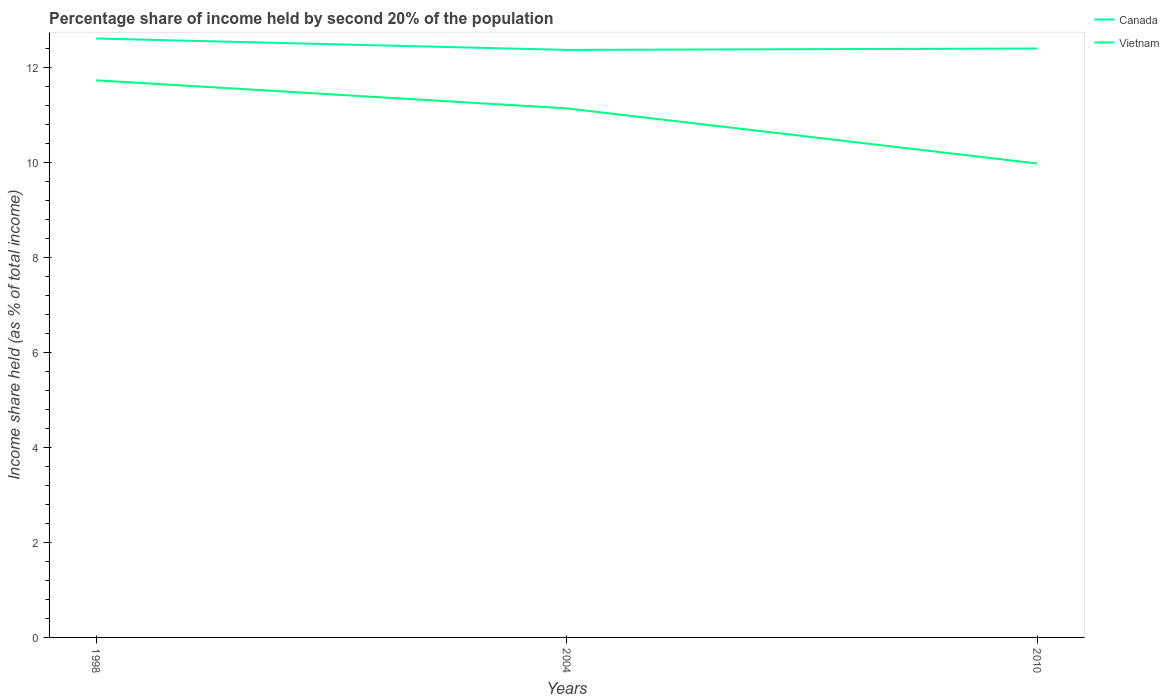
| Years | Canada | Vietnam |
 | --- | --- | --- |
 | 1998 | 12.6 | 11.7 |
 | 2004 | 12.4 | 11.1 |
 | 2010 | 12.4 | 9.97 |